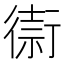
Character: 𢕥